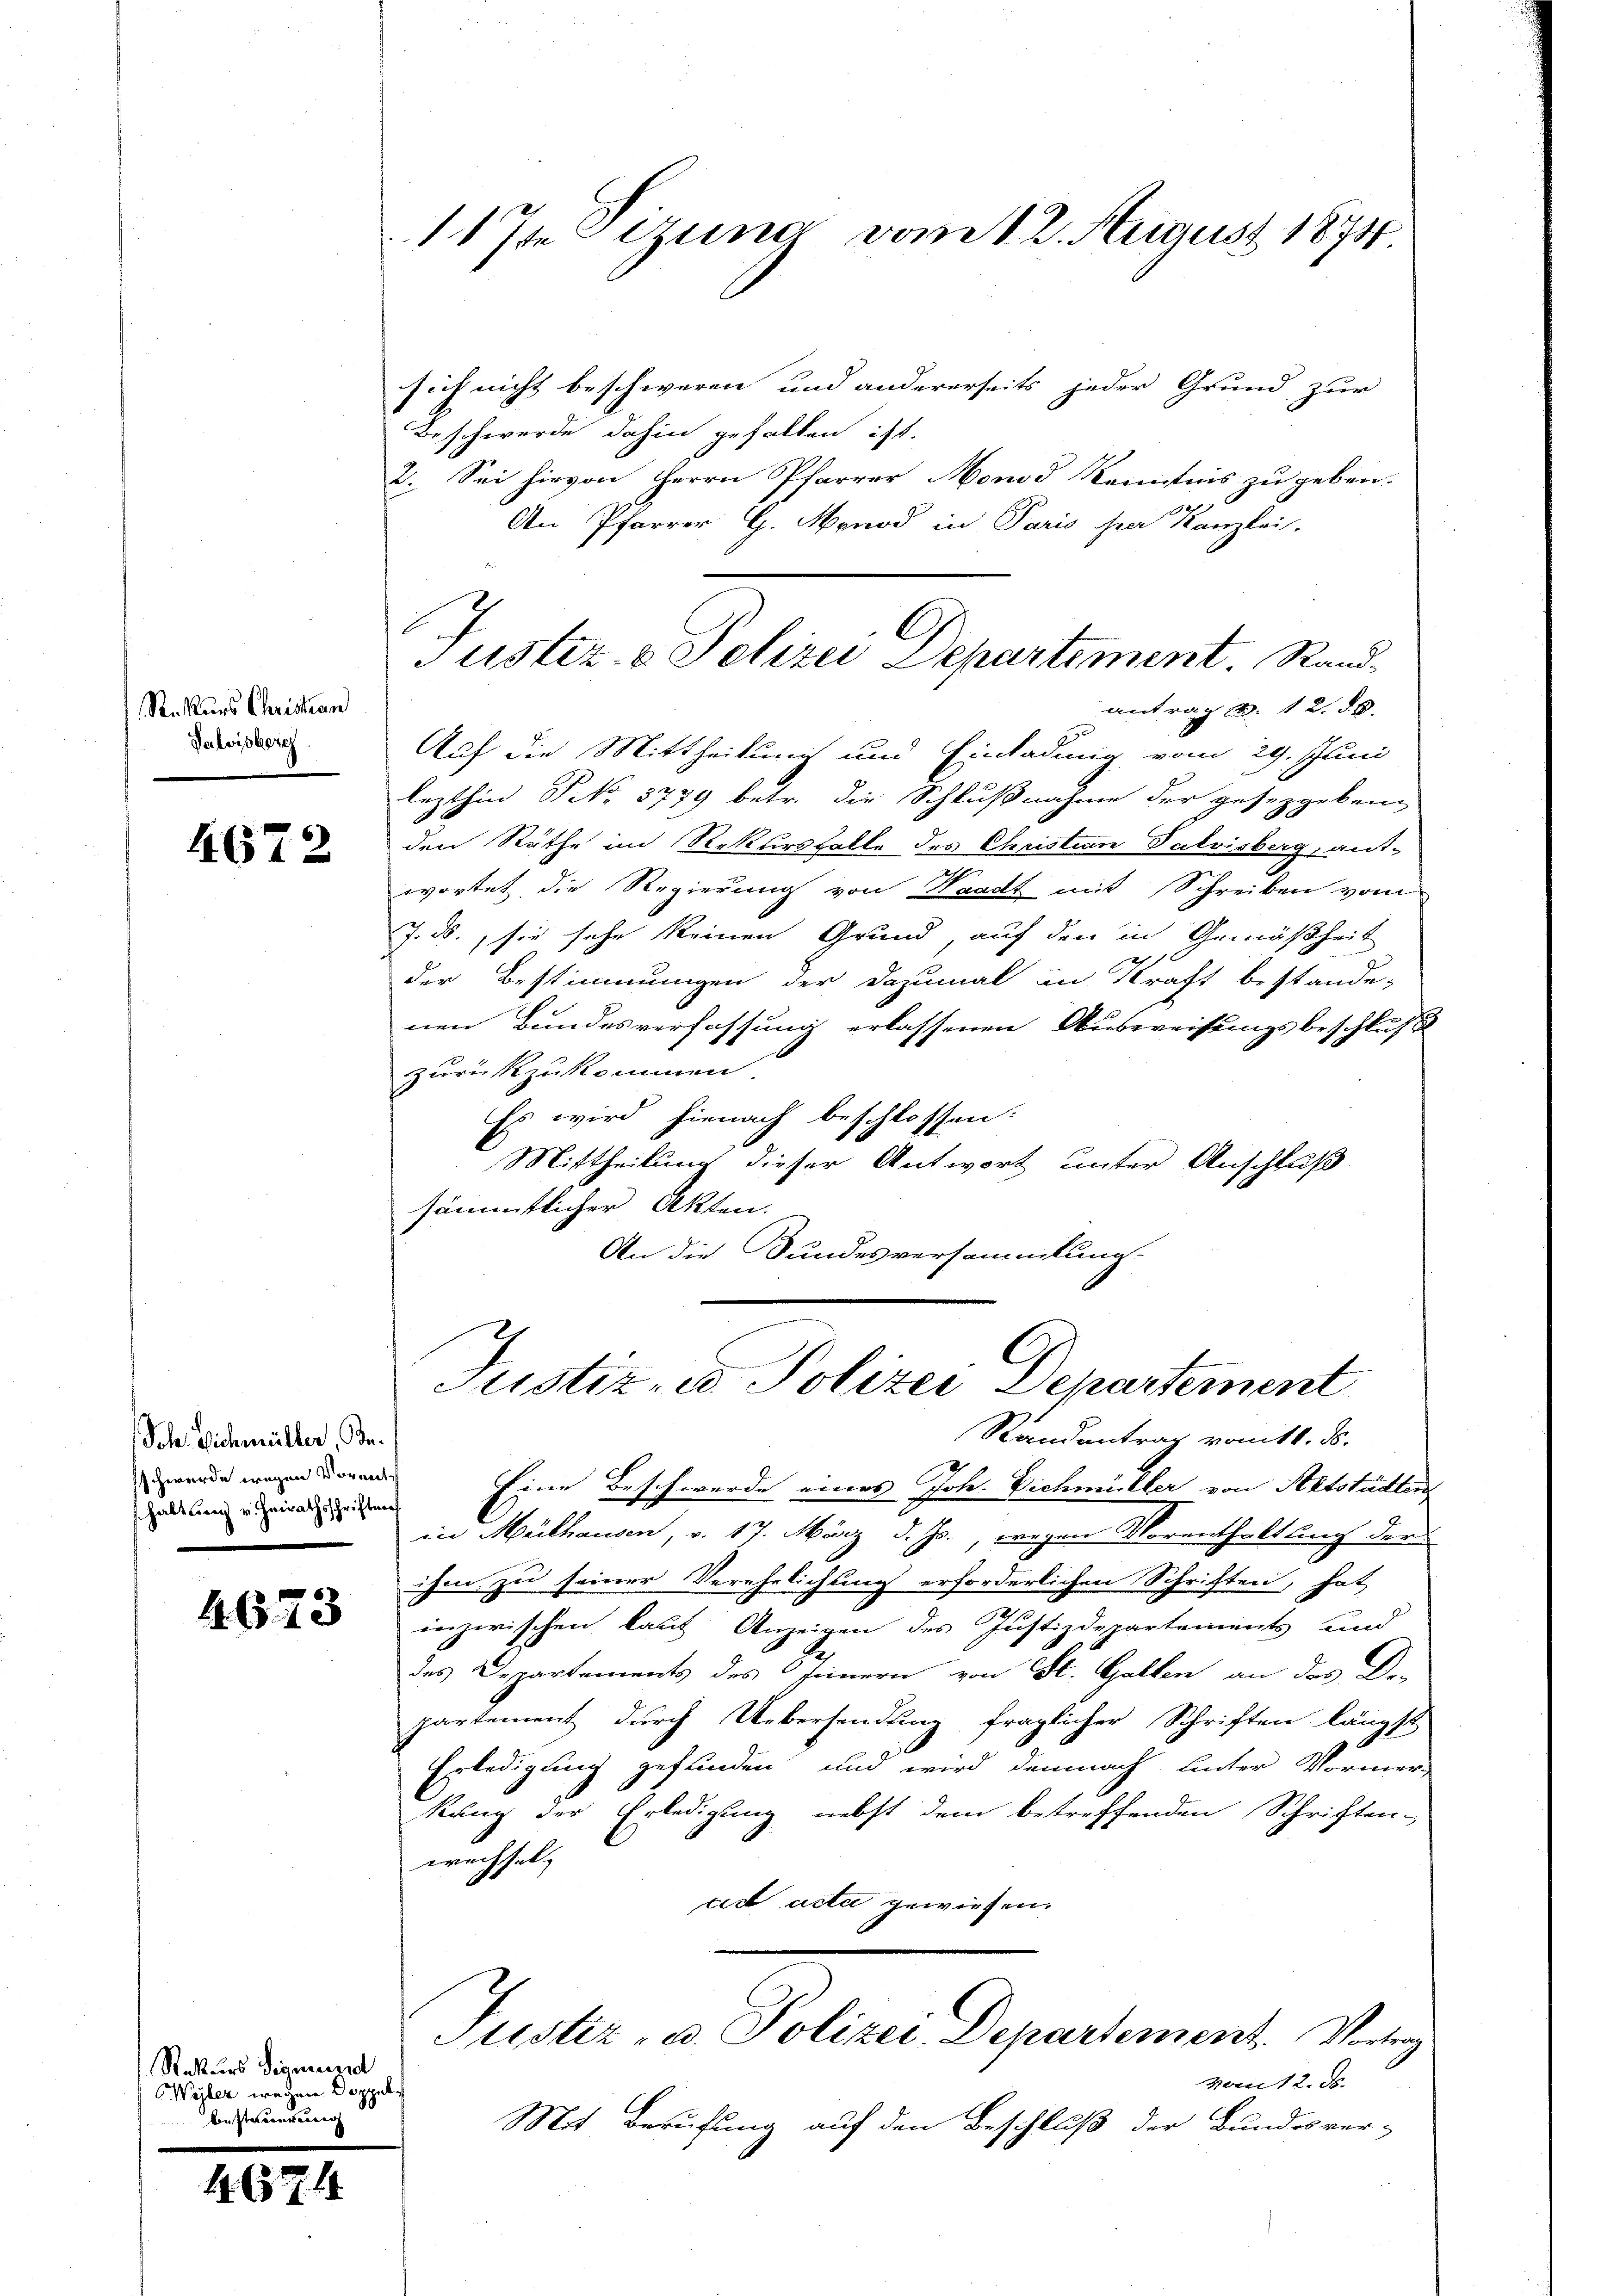
R. Kurs Christan
Verleibere

4672

Sch. Eichmüller, Beschwerde wegen Vormithaltung v. Heirathsschriftenf

4673

Rekurs Sigmund
Wyler wegen Doppel
besteuerung

1674

117t Szuna vom 12. August 1874

Justiz- & Polizei Departement. Stand¬

sich nicht beschweren und andererseits jeder Grund zur
Beschwerde dahin gefallen ist.
2. Sei hievon Herrn Pfarrer Monod Kenntnis zu geben.
An Pfarrer G. Menod in Paris sie Kanzlei.
antrag d. 12. 58.
Auf die Mittheilung und Einladung vom 29. Juni
lezthin No 8779 betr. die Schlußnahme der gesetzgeben
den Räthe im Rekursfalle des Christian Patrisberg, ant-
wortet, die Regierung von Waadt mit Schreiben vom
J. ds., sie sehe keinen Grund, auf den in Gemäßheit
der Bestimmungen der dazumal in Kraft bestande-
nen Bundesverfassung erlassenen Ausweisungsbeschluß
zurückzukommen.
Es wird hienach beschlossen:
Mittheilung dieser Antwort unter Anschluß
sämmtlicher Akten.
An die Bundesversammlung.
C
Justiz- u. Polizei Departement
Randantrag vom 11. ds.
Eine Beschwerde eines Joh. Eichmühler von Stätstädten
in Mülhausen, v. 17. März d. Js. wegen Vorenthaltung der
ihm zu seiner Verehelichung erforderlichen Schriften, hat
inzwischen kauf Anzeigen des Justizdepartements und
des Departements des Innern von St. Gallen an das De-
partement durch Uebersendung fraglicher Schriften längst
Erledigung gefunden und wird demnach unter Vormer
kung der Erledigung nebst dem betreffenden Schriften-
wechsel
tiet acte gewiesen.
Justiz- u. Polizei Departement. Vortrag
von 12. ds.
Mit Berufung auf den Beschluß der Bundesver-